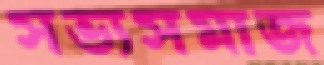
সভ্যসমাজ